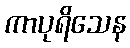
ကာပုရိသေန